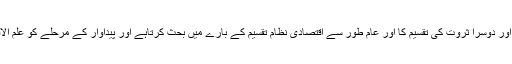
ايک مرحلہ پيداوار کا ہوتا ہے اور دوسرا ثروت کى تقسيم کا اور عام طور سے اقتصادى نظام تقسيم کے بارے ميں بحث کرتاہے اور پيداوار کے مرحلے کو علم الاقتصاد کے حوالے کر ديتا ہے۔